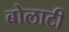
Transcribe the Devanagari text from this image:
बोलाटी